Indian journal of veterinary science and animal husbandry - Volume 3,
Year: 1933
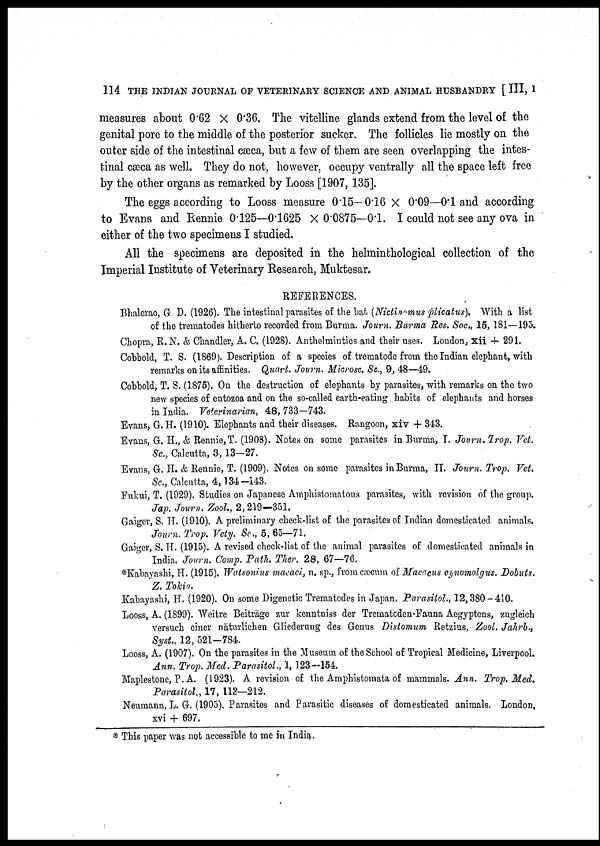
114 THE INDIAN JOURNAL OF VETERINARY SCIENCE AND ANIMAL HUSBANDRY [III, I
measures about 0.62 × 0.36. The vitelline glands extend from the level of the
genital pore to the middle of the posterior sucker. The follicles lie mostly on the
outer side of the intestinal cæca, but a few of them are seen overlapping the intes-
tinal cæca as well. They do not, however, occupy ventrally all the space left free
by the other organs as remarked by Looss [1907, 135].
The eggs according to Looss measure 0.15—0.16 × 0.09—0.1 and according
to Evans and Rennie 0.125—0.1625 × 0.0875—0.1. I could not see any ova in
either of the two specimens I studied.
All the specimens are deposited in the helminthological collection of the
Imperial Institute of Veterinary Research, Muktesar.
REFERENCES.
Bhalerao, G. D. (1926). The intestinal parasites of the bat (Nictinemus plicatus). With a list
of the trematodes hitherto recorded from Burma. Journ. Burma Res. Soc., 15,181—195.
Chopra, R.N. & Chandler, A. C. (1928). Anthelmintics and their uses. London, xii +291.
Cobbold, T. S. (1869). Description of a species of trematode from the Indian elephant, with
remarks on its affinities. Quart. Journ. Microsc. Sc., 9, 48—49.
Cobbold, T. S. (1875). On the destruction of elephants by parasites, with remarks on the two
new species of entozoa and on the so-called earth-eating habits of elephants and horses
in India. Veterinarian, 48, 733—743.
Evans, G.H. (1910). Elephants and their diseases. Rangoon, xiv + 343.
Evans, G. H., & Rennie,T. (1908). Notes on some parasites in Burma, T. Journ. Trop. Vet.
Sc, Calcutta, 3, 13-27.
Evans, G. II. & Rennie, T. (1909). Notes on some parasites in Burma, II. Journ. Trop. Vet.
Sc., Calcutta, 4,134-143.
Fukui, T. (1929). Studies on Japanese Amphistomatous parasites, with revision of the group.
Jap. Journ. Zool., 2, 219—351.
Gaiger, S. H. (1910). A preliminary check-list of the parasites of Indian domesticated animals.
Journ.
Trop. Vety. Sc., 5, 65—71.
Gaiger, S. H. (1915). A revised check-list of the animal parasites of domesticated animals in
India. Journ. Comp. Path. Ther. 28, 67—76.
*Kabayashi, H. (1915). Watsonius macaci, n. sp., from cæcum of Macacus cynomolgus. Dobuts.
Z. Tokio.
Kabayashi, H. (1920). On some Digenetic Trematodes in Japan. Parasitol., 12,380-410.
Looss, A. (1899). Weitre Beiträge zur kenntniss der Trematoden-Fauna Aegyptens, zugleich
versuch einer naturlichen Gliederung des Genus Distomum Retzius, Zool. Jahrb.,
Syst., 12, 521-784.
Looss, A. (1907). On the parasites in the Museum of the School of Tropical Medicine, Liverpool.
Ann. Trop. Med. Parasitol., 1,123—154.
Maplestone, P. A. (1923). A revision of the Amphistomata of mammals. Ann. Trop. Med.
Parasitol., 17, 113—212.
Neumann, L. G. (1905). Parasites and Parasitic diseases of domesticated animals. London,
xvi + 697.
* This paper was not accessible to me in India.